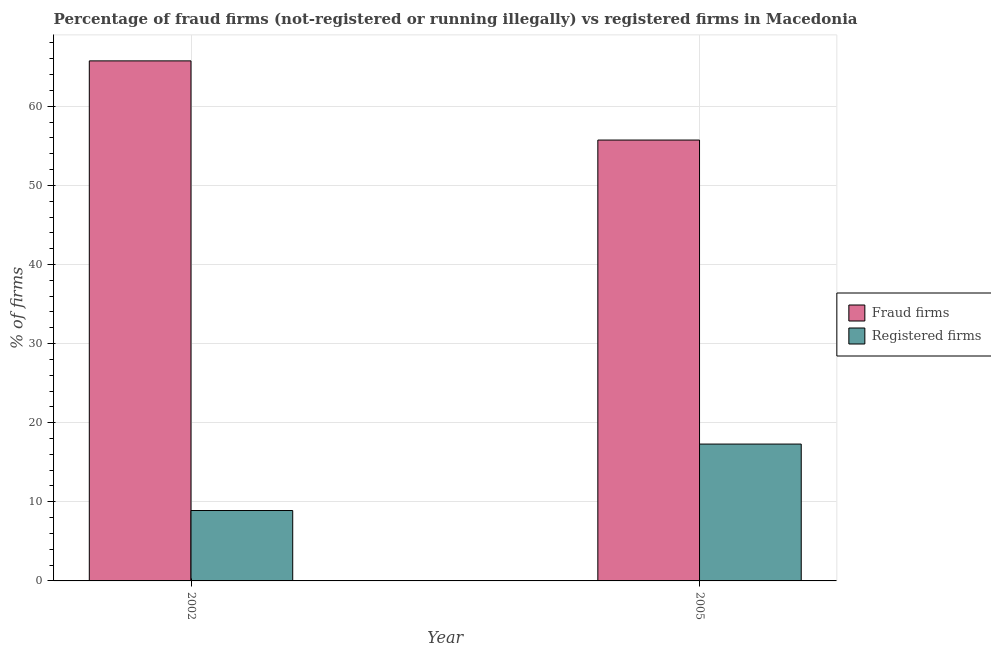
| Year | Fraud firms | Registered firms |
 | --- | --- | --- |
 | 2002 | 65.7 | 8.9 |
 | 2005 | 55.7 | 17.3 |